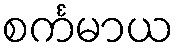
စင်္ကမာယ